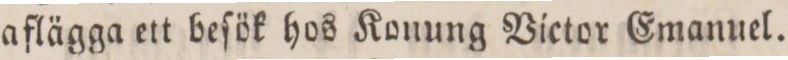
aflägga ett beſök hos Konung Victor Emanuel.